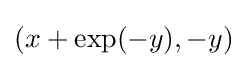
(x+\exp(-y),-y)